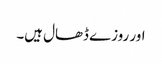
اور روزے ڈھال ہیں۔